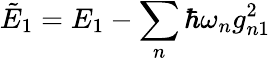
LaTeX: \tilde{E}_{1}=E_{1}-\sum_{n}\hbar\omega_{n}g_{n1}^{2}